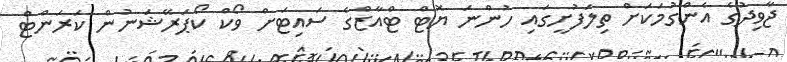
ޖާވިދުގެ އެންގުމަކަށް ތިލަފުށީގައި ހުންނަ ޔޮޓް ޓްއާޒްގެ ސައިޓަށް ވޯކް ކޯޕަރޭޝަނުން ކަރަންޓް